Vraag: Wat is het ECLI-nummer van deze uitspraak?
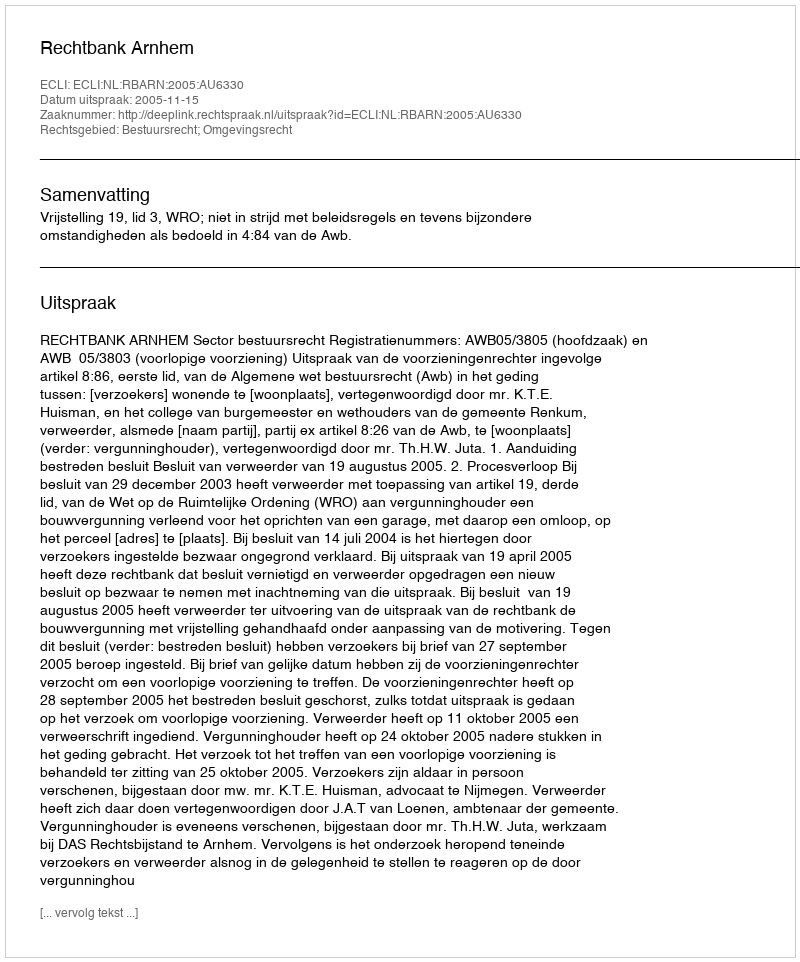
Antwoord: ECLI:NL:RBARN:2005:AU6330